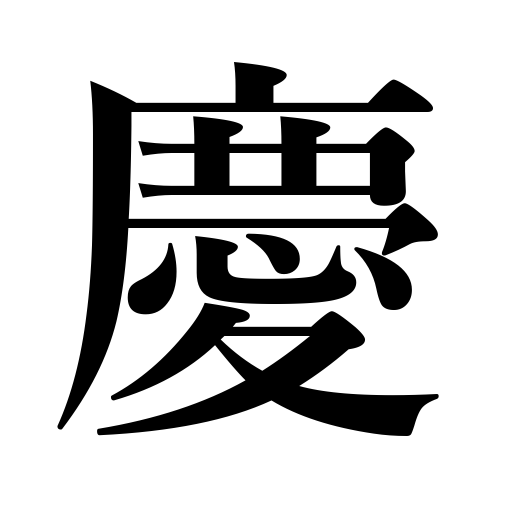
Meanings: congratulate